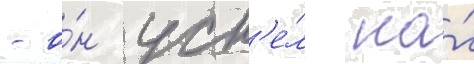
- о́н усп'е́л на́